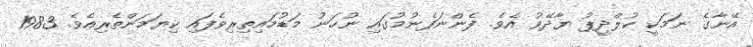
އޭނާގެ ނަމަކީ ކުލްދީޕު ޔާދޭވު އެވެ. ފެންނަފެނުމުގައި ނުހަނު މަޑުމައިތިރިވެފައި ކިޔަމަންތެރިއެވެ. 1983